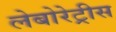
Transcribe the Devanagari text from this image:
लेबोरेट्रीस